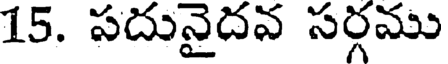
15. సదునైదవ సర్గము